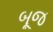
બૂજ